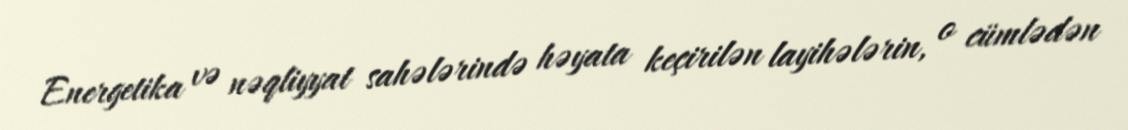
Energetika və nəqliyyat sahələrində həyata keçirilən layihələrin, o cümlədən